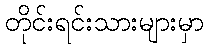
တိုင်းရင်းသားများမှာ